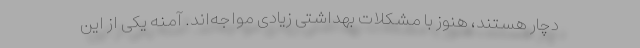
دچار هستند، هنوز با مشکلات بهداشتی زیادی مواجه‌اند. آمنه یکی از این